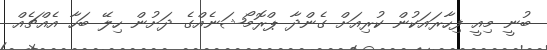
ބުނީ މިއީ ފިހާރައަކުން ކުރިއަށް ގެންދާ ޕްރޮމޯޝަނެއްގެ ދަށުން ހިލޭ ބަހާ އެއްޗެއް